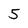
Character: 5